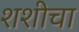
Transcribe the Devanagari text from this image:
शशीचा